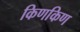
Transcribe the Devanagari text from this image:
किणकिण